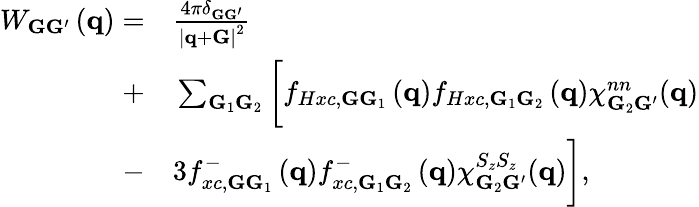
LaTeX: \begin{array}{rl}{W_{{\mathbf G}{\mathbf G}^{\prime}}\left({\mathbf q}\right)=}&{{}\frac{4\pi\delta_{{\mathbf G}{\mathbf G}^{\prime}}}{\left|{\mathbf q}+{\mathbf G}\right|^{2}}}\\ {+}&{{}\sum_{{\mathbf G}_{1}{\mathbf G}_{2}}\bigg[f_{Hxc,\mathbf{G}\mathbf{G}_{1}}\left({\mathbf q}\right)f_{Hxc,\mathbf{G}_{1}\mathbf{G}_{2}}\left({\mathbf q}\right)\chi_{{\mathbf G}_{2}{\mathbf G}^{\prime}}^{nn}({\mathbf q})}\\ {-}&{{}3f_{xc,\mathbf{G}\mathbf{G}_{1}}^{-}\left({\mathbf q}\right)f_{xc,\mathbf{G}_{1}\mathbf{G}_{2}}^{-}\left({\mathbf q}\right)\chi_{{\mathbf G}_{2}{\mathbf G}^{\prime}}^{S_{z}S_{z}}({\mathbf q})\bigg],}\end{array}